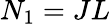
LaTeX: N_{1}=JL